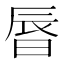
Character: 㫳